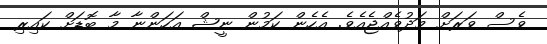
ވެސް ވަރަށް މަދުވެއްޖެއެވެ. އެހެން ކަމުން ނީޝް އަހަންނާ މާ ބޮޑަށް ކައިރި